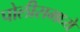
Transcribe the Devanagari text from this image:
पोलीसमध्ये